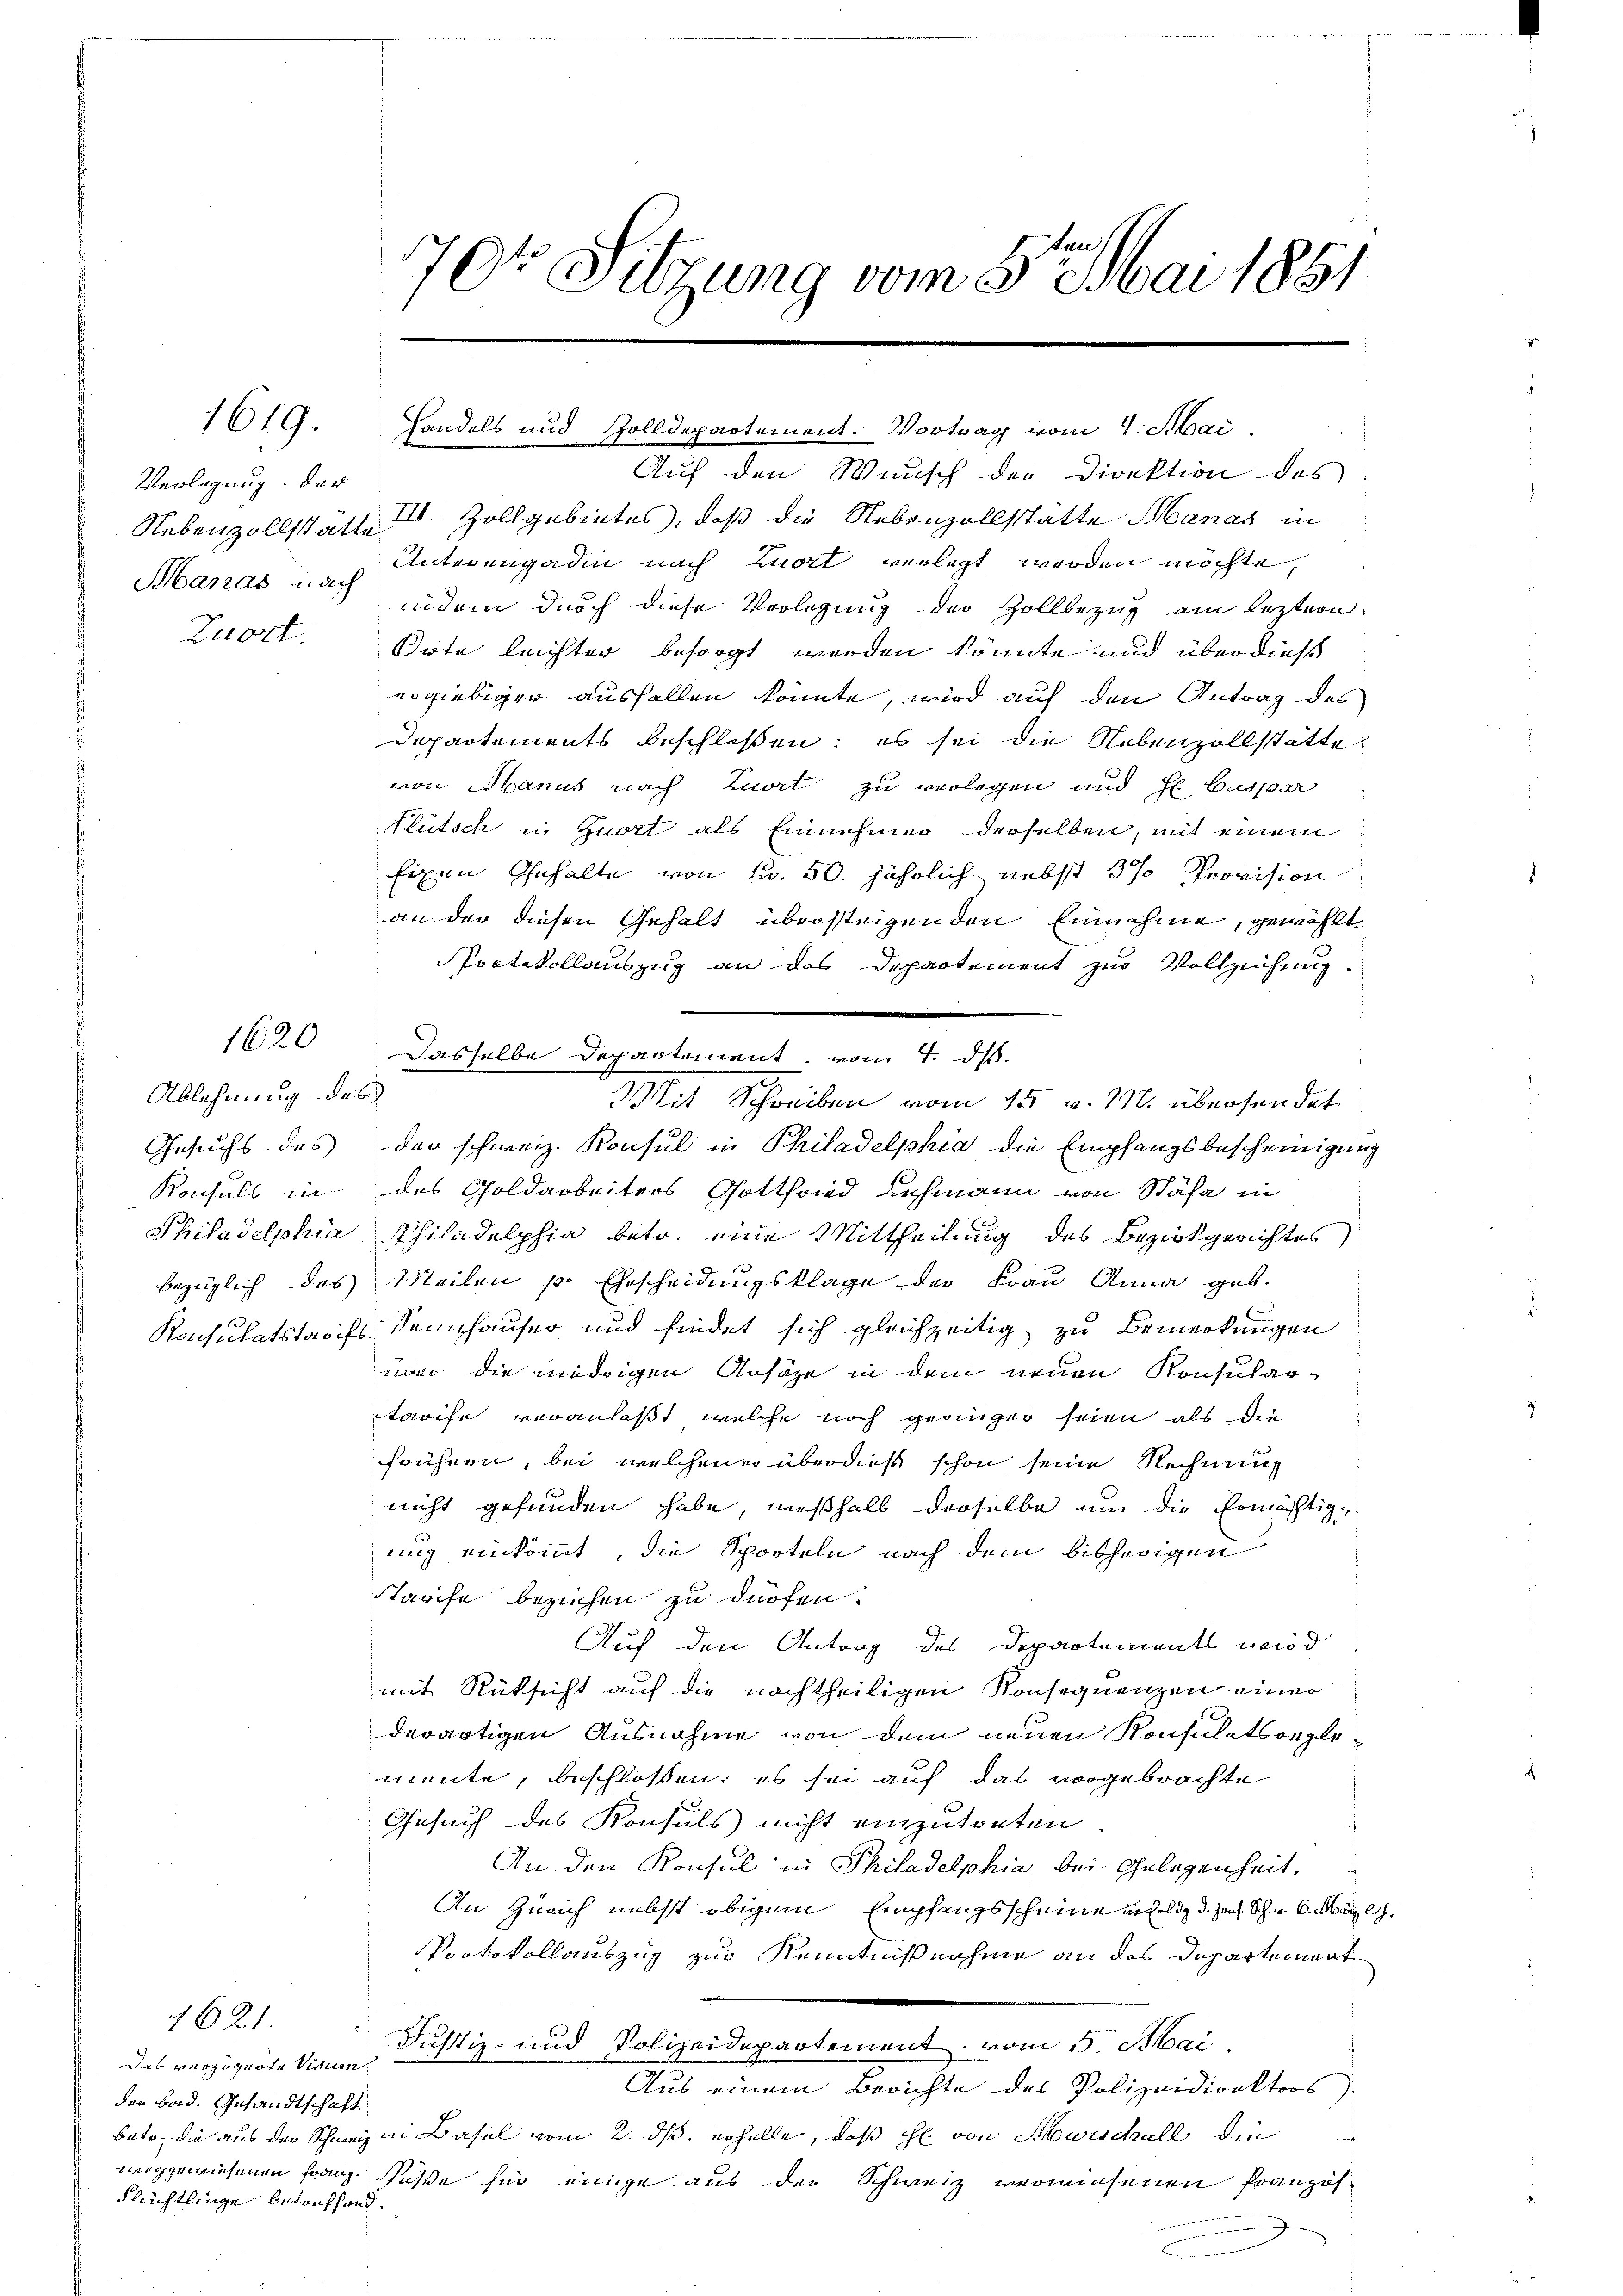
Verlegung der
Nebenzollstätte
Maras nach
Zuort.

1619.

Ablehnung des
Gesuchs des
Konsuls die
Philadelphia

1621.

1620

Das verzognote Visum
den Bad. Gesandtschaft
Flechtlinge betreffend.

70te Sitzung vom 5ten Mai 1881

handels und Zolldepartement. Vortrag vom 4. Mai
Auf den Wunsch der Direktion des
III. Zollgebietes, daß die Nebenzollstätte Manar in
Unterengadin nach mort verlegt werden möchte,
indem durch diese Verlegung der Zollbezug am leztern
Orte leichter besorgt werden könnte und überdies
ergiebiger ausfallen könnte, wird auf den Antrag des
Departements beschlossen; es sei die Nebenzollstätte,
von Manus nach Zuort zu verlegen und H. Caspar
Plütsch in Zuort als Einnehmer derselben, mit einem
Eigen Gehalte von Fr. 50. jährlich nebst 5% Provision
an der diesen Gehalt übersteigenden Einnahme, gewählte
Protokollauszug an das Departement zur Vollziehung.
Mit Schreiben vom 15. v. M. übersendet
der schweiz. Konsul in Philadelphia die Empfangsbescheinigung
des Goldarbeiters Gottfried Lehmann von Stäfa in
Philadelphia betr. eine Mittheilung des Bezirkgerichtes
bezüglich des Meilen p. Ehescheidungsklage der Frau Anna geb.
Konsulatstarifs, Sennhauser und findet sich gleichzeitig zu Bemerkungen
über die niedrigen Ansäze in dem neuen Konsular-
tarife veranlaßt, welche noch geanger seien als die
frühern, bei welchene überdieß schon seine Rechnung
nicht gefunden habe, weßhalb derselbe um die Ermächtiguug einkommt, die Sporteln nach dem bisherigen
tarife besuchen zu dürfen.
Auf den Antrag des Departements wird
mit Rücksicht auf die nachtheiligen Konsequenzen einer
derartigen Ausnahme von dem neuen Konsulatsreglemente, beschlossen: es sei auf das vorgebrachte
Gesuch des Konsuls nicht einzutreten.
An den Konsul in Philadelphia bei Gelegenheit,
An Zürich nebst obigem Empfangsscheine infeld d. Jens. Sch. v. 6. März l.
PProtokollauszug zur Kenntnißnahme an das Departement

Justiz- und Polizeidepartement vom 5. Mai,
Aus einem Berichte des Polizeidirektors
bato, die aus der Schweiz in Basel vom 2. ds. erhelle, daß ihl. von Marschall die
neggewiesenen Franz süße für einige aus der Schweiz verwiesenen Pranzös

Dasselbe Departement, von 4. ds.